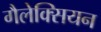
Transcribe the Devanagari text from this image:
गैलेक्सियन